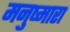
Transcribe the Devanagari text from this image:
मनुष्मारा